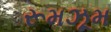
રૂમઝૂમ